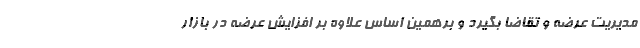
مدیریت عرضه و تقاضا بگیرد و برهمین اساس علاوه بر افزایش عرضه در بازار